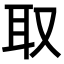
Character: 取